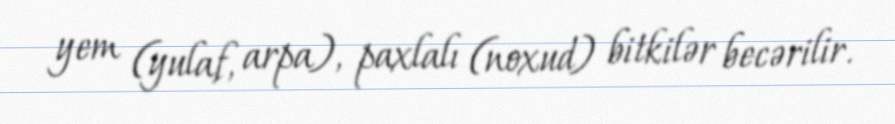
yem (yulaf, arpa), paxlalı (noxud) bitkilər becərilir.